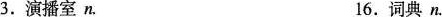
3.演播室n. 16.词典n.